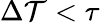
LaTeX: \Delta\mathcal{T}<\tau